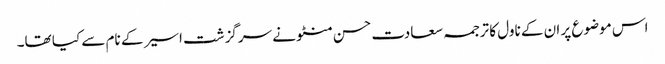
اس موضوع پر ان کے ناول کا ترجمہ سعادت حسن منٹو نے سرگزشت اسیر کے نام سے کیا تھا۔